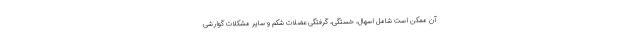
آن ممکن است شامل اسهال، خستگی، گرفتگی عضلات شکم و سایر مشکلات گوارشی